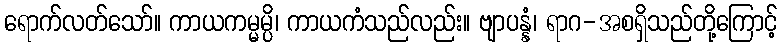
ရောက်လတ်သော်။ ကာယကမ္မမ္ပိ၊ ကာယကံသည်လည်း။ ဗျာပန္နံ၊ ရာဂ-အစရှိသည်တို့ကြောင့်